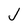
Character: J